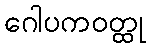
ဂေါပကဝတ္ထု